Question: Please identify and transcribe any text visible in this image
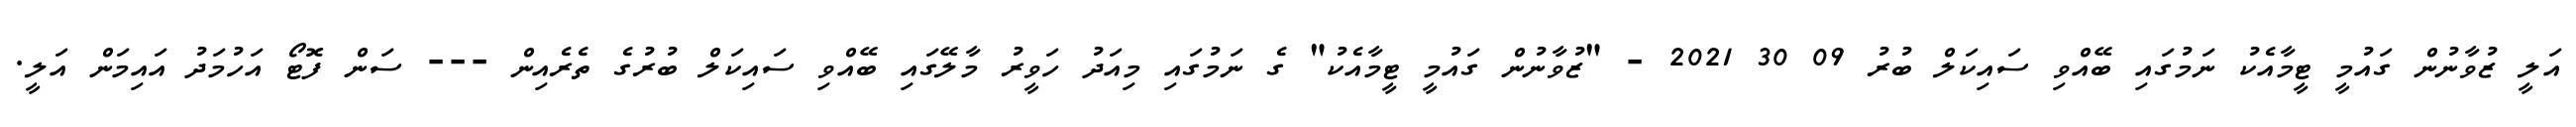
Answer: އަލީ ޒުވާނުން ގައުމީ ޓީމާއެކު ނަމުގައި ބޭއްވި ސައިކަލް ބުރު 09 30 2021 - "ޒުވާނުން ގައުމީ ޓީމާއެކު" ގެ ނަމުގައި މިއަދު ހަވީރު މާލޭގައި ބޭއްވި ސައިކަލް ބުރުގެ ތެރެއިން --- ސަން ފޮޓޯ އަހުމަދު އައިމަން އަލީ.